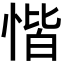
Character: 𢝷